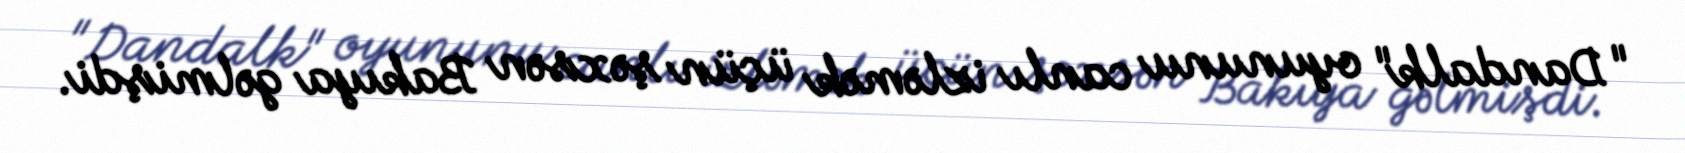
"Dandalk" oyununu canlı izləmək üçün şəxsən Bakıya gəlmişdi.